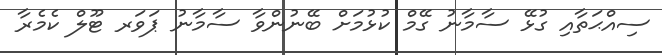
ސިއްޙަތާއި ގުޅޭ ސާމާނު ގޭމް ކުޅުމަށް ބޭނުންވާ ސާމާނު ޕަވަރ ޓޫލް ކެމެރާ